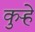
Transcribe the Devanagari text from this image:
कुऱ्हे